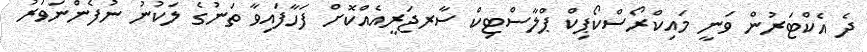
ދެ އެކްޓަރުން ވަނީ މައިކްރޯސްކޯޕިކް ޕްލާސްޓިކް ސާރޖަރީއެއްކޮށް ފަހާފައިވާ ތަނުގެ ލަކުނު ނުފެންނަވަރު